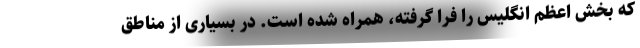
که بخش اعظم انگلیس را فرا گرفته، همراه شده است. در بسیاری از مناطق